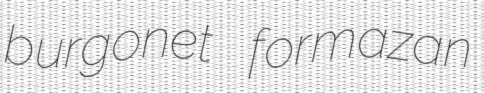
burgonet formazan